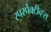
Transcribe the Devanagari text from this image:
रपर्स्पेक्टीव्ह्स